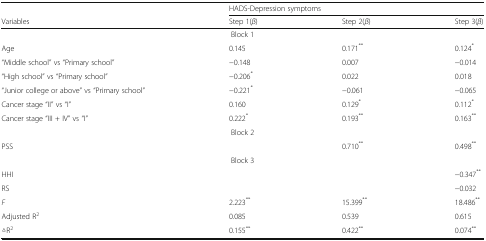
<table><thead><tr><td></td><td colspan="3"><b>HADS-Depression symptoms</b></td></tr><tr><td><b>Variables</b></td><td><b>Step 1(<i>β</i>)</b></td><td><b>Step 2(<i>β</i>)</b></td><td><b>Step 3(<i>β</i>)</b></td></tr></thead><tbody><tr><td colspan="4">Block 1</td></tr><tr><td>Age</td><td>0.145</td><td>0.171<sup>**</sup></td><td>0.124<sup>*</sup></td></tr><tr><td>“Middle school” vs “Primary school”</td><td>−0.148</td><td>0.007</td><td>−0.014</td></tr><tr><td>“High school” vs “Primary school”</td><td>−0.206<sup>*</sup></td><td>0.022</td><td>0.018</td></tr><tr><td>“Junior college or above” vs “Primary school”</td><td>−0.221<sup>*</sup></td><td>−0.061</td><td>−0.065</td></tr><tr><td>Cancer stage “II” vs “I”</td><td>0.160</td><td>0.129<sup>*</sup></td><td>0.112<sup>*</sup></td></tr><tr><td>Cancer stage “III + IV” vs “I”</td><td>0.222<sup>*</sup></td><td>0.193<sup>**</sup></td><td>0.163<sup>**</sup></td></tr><tr><td colspan="4">Block 2</td></tr><tr><td>PSS</td><td></td><td>0.710<sup>**</sup></td><td>0.498<sup>**</sup></td></tr><tr><td colspan="4">Block 3</td></tr><tr><td>HHI</td><td></td><td></td><td>−0.347<sup>**</sup></td></tr><tr><td>RS</td><td></td><td></td><td>−0.032</td></tr><tr><td><i>F</i></td><td>2.223<sup>**</sup></td><td>15.399<sup>**</sup></td><td>18.486<sup>**</sup></td></tr><tr><td>Adjusted R<sup>2</sup></td><td>0.085</td><td>0.539</td><td>0.615</td></tr><tr><td>△R<sup>2</sup></td><td>0.155<sup>**</sup></td><td>0.422<sup>**</sup></td><td>0.074<sup>**</sup></td></tr></tbody></table>